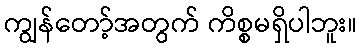
ကျွန်တော့်အတွက် ကိစ္စမရှိပါဘူး။